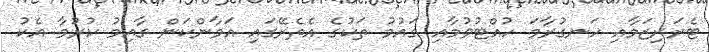
ޓެރަރިޒަމާއި ހަނގުރާމަ ހުއްޓުވުމާއި ގައުމު ތަކުގެ އެތެރޭގައި އަމާންކަން ގާއިމު ކުރުމާ އެކު